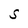
Character: S